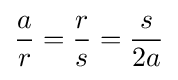
{\frac {a}{r}}={\frac {r}{s}}={\frac {s}{2a}}